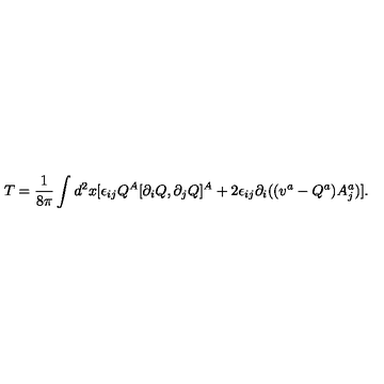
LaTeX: T = \frac { 1 } { 8 \pi } \int d ^ { 2 } x [ \epsilon _ { i j } Q ^ { A } [ \partial _ { i } Q , \partial _ { j } Q ] ^ { A } + 2 \epsilon _ { i j } \partial _ { i } ( ( v ^ { a } - Q ^ { a } ) A _ { j } ^ { a } ) ] .